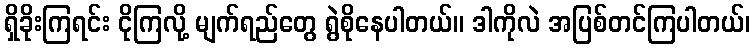
ရှိခိုးကြရင်း ငိုကြလို့ မျက်ရည်တွေ ရွဲစိုနေပါတယ်။ ဒါကိုလဲ အပြစ်တင်ကြပါတယ်၊